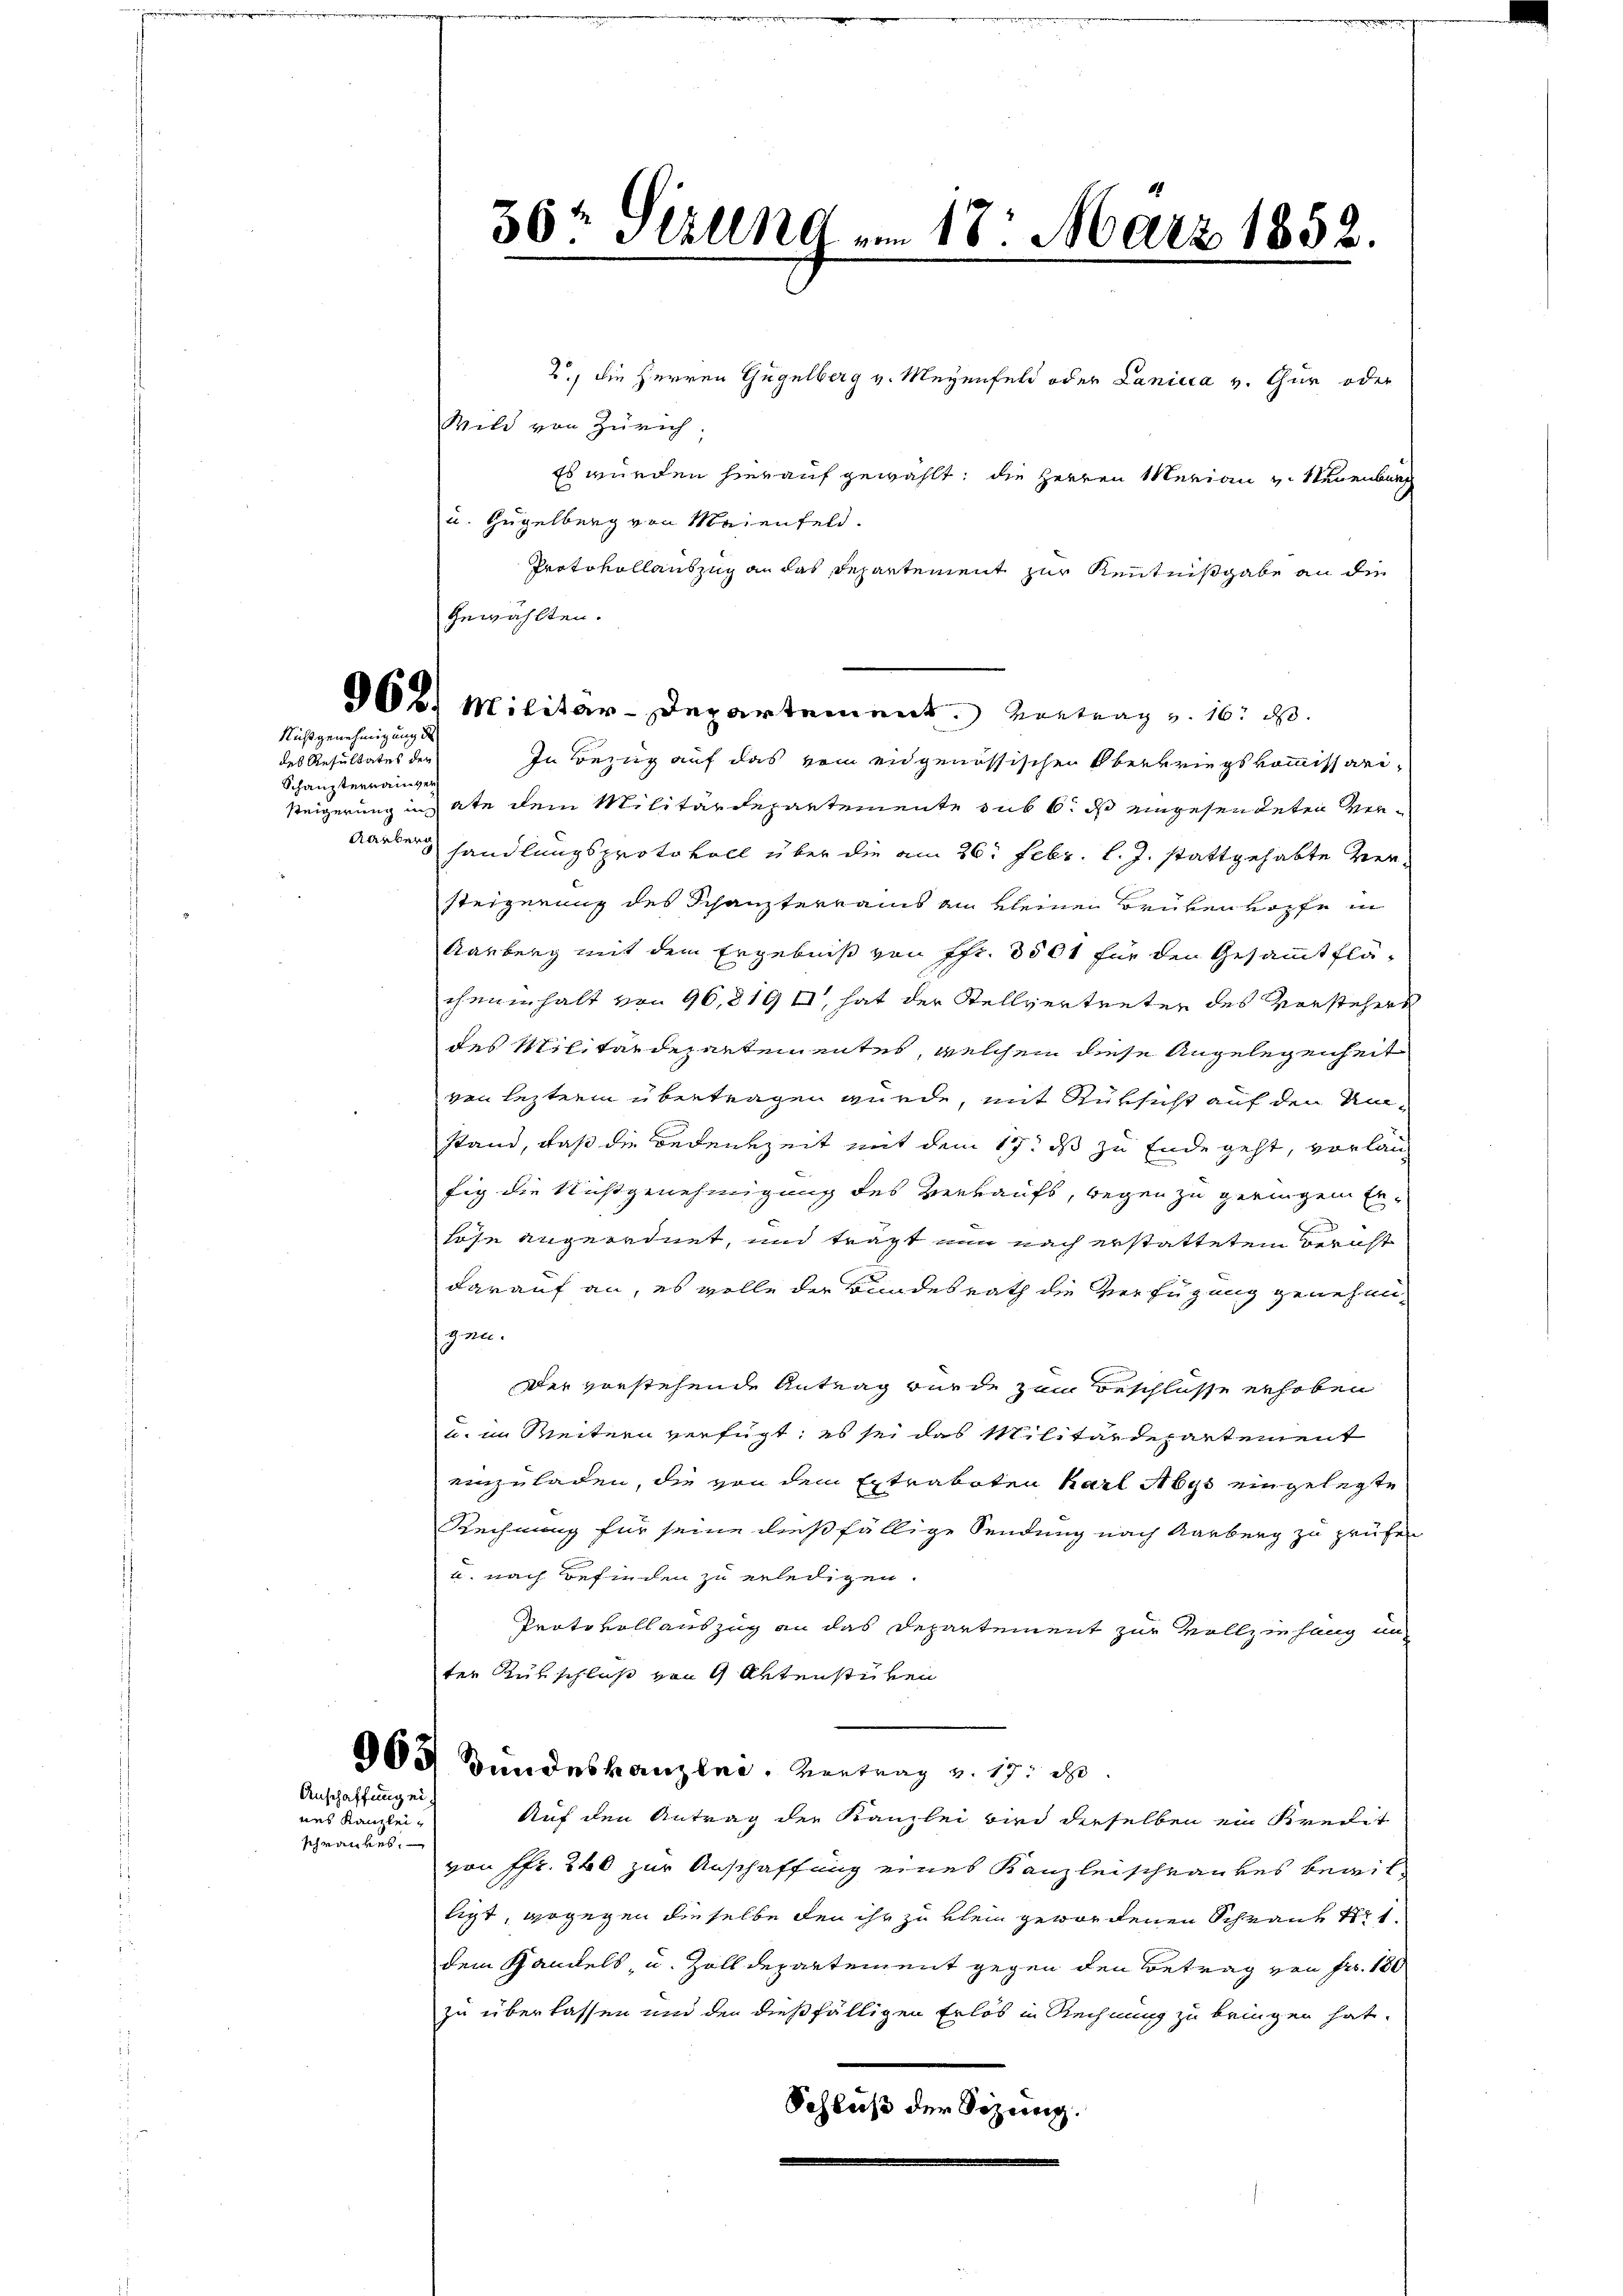
Nicht genehmigung de

des Resultates der
Schausterrainver

gewählten.

30t Sitzung am 18. März 1852.

2., die Herren Gugelberg v. Meyenfeld oder Lanicia v. Chur oder
Wild von Zürich.
Es würden hierauf gewählt; die Herren Merian v. Neuenburg
u. Gugelberg von Maienfeld.
Protokollauszug an das Departement zur Kenntnißgabe an die
968. Militär-Departement. Vortrag v. 16. d.
In Bezug auf das von engenössischen Oberkriegskommissaristeigerung in ate dem Militärdepartemente sub 6. ds engesendeten Ver¬
Aarberg handlungsprotokoll über die am 26. Febr. l. J. stattgehabte Versteigerung des Schanzterrains ain kleinen Brükenkopfe in
Aarberg mit dem Ergebniß von Fr. 3504 für den Gesammtflä-
cheninhalt von 96,819 I, hat der Stellvertreten des Vorstehers
des Militärdepartementes, welchem diese Angelegenheit
von leztern übertragen wurde, mit Rüksicht auf den Umstand, daß die Bedenkzeit mit dem 17. ds zu Ende geht, vorlang
fig die Nichtgenehmigung des Verkaufs, wegen zu geringen Erlöse angeordnet, und trägt nun nach erstattetem Bericht
darauf an, es wolle der Bundesrath die Verfügung genehmigen.
Der vorstehende Antrag wurde zum Beschlüsse erhoben
. im Weitern verfügt, es sei das Militärdepartement
einzuladen, die von dem Extraboten Karl Abys eingelegte
Rechnung für seine dießfällige Sendung nach Aarburg zu prüfen
u. nach Befinden zu erledigen.
Protokollauszug an das Departement zur Vollziehung an
ter Rutschluß von 9 Artenstücken
04 Bundeskanzlei. Vertrag v. 17. d.
Anschaffung ei¬
Auf den Antrag der Kanzlei wird derselben ein Kredit
nes Kanleischrankes.
von Fr. 260 zur Anschaffung eines Kanzleischrankes bewilligt, wogegen dieselbe den ihr zu klein gewordenen Schrank Nr 1
dem Handels, u. Zolldepartement gegen den Betrag von Fr. 180
zu überlassen und den dießfälligen Erlös in Rechnung zu bringen hat.
Schluß der Sizung.